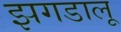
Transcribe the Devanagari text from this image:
झगडालू